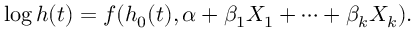
\log h ( t ) = f ( h _ { 0 } ( t ) , \alpha + \beta _ { 1 } X _ { 1 } + \cdots + \beta _ { k } X _ { k } ) .